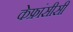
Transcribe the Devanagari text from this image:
केफ्रांसीसी